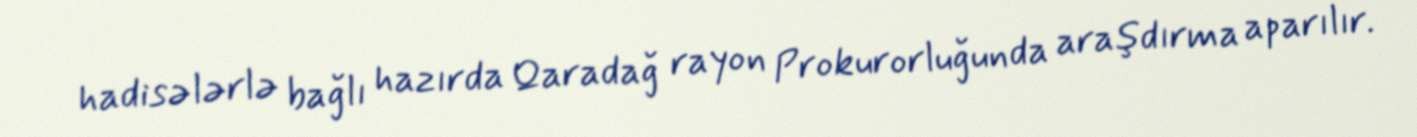
hadisələrlə bağlı hazırda Qaradağ rayon Prokurorluğunda araşdırma aparılır.